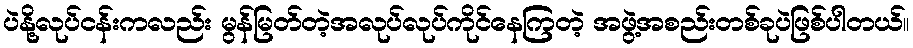
ပဲနို့လုပ်ငန်းကလည်း မွန်မြတ်တဲ့အလုပ်လုပ်ကိုင်နေကြတဲ့ အဖွဲ့အစည်းတစ်ခုပဲဖြစ်ပါတယ်။